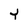
Character: Y